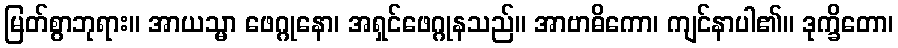
မြတ်စွာဘုရား။ အာယသ္မာ ဖေဂ္ဂုနော၊ အရှင်ဖေဂ္ဂုနသည်။ အာဗာဓိကော၊ ကျင်နာပါ၏။ ဒုက္ခိတော၊